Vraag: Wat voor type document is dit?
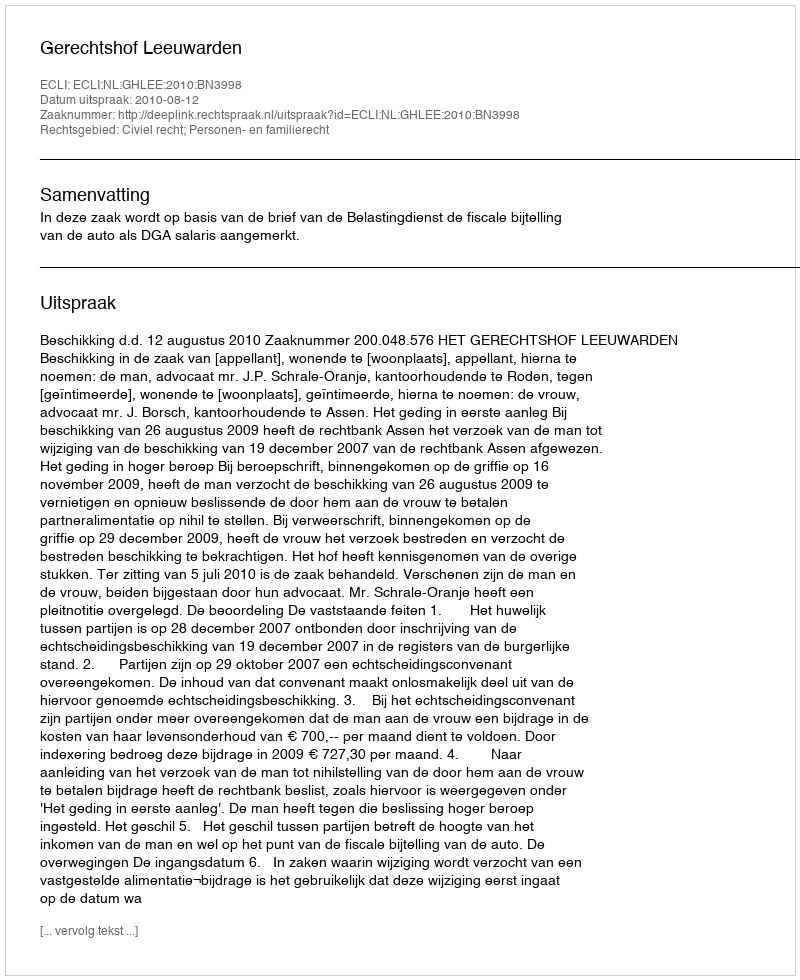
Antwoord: Uitspraak